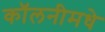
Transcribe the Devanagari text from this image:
कॉलनीमधे